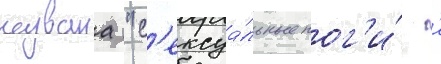
названа "с'ексуа́льные ног'и́ '